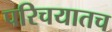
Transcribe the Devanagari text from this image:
परिचयातच